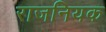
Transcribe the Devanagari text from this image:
राजनियक